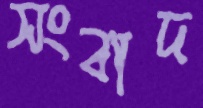
সংবাদ